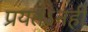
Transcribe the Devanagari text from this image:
प्रयतऽनही